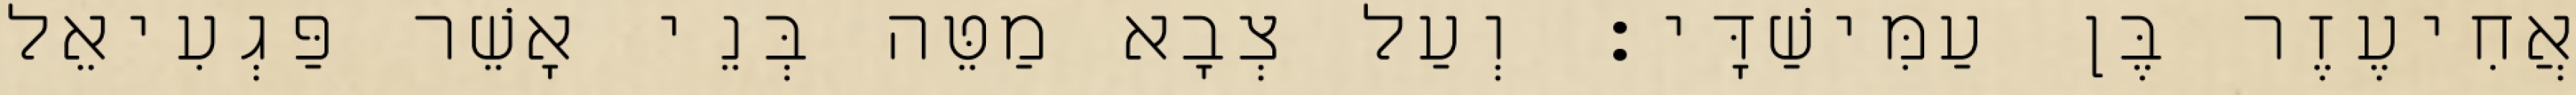
אֲחִיעֶזֶר בֶּן עַמִּישַׁדָּי׃ וְעַל צְבָא מַטֵּה בְּנֵי אָשֵׁר פַּגְעִיאֵל